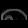
Digit: ၈